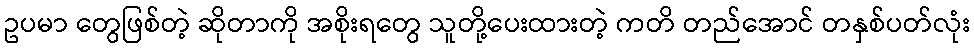
ဥပမာ တွေဖြစ်တဲ့ ဆိုတာကို အစိုးရတွေ သူတို့ပေးထားတဲ့ ကတိ တည်အောင် တနှစ်ပတ်လုံး